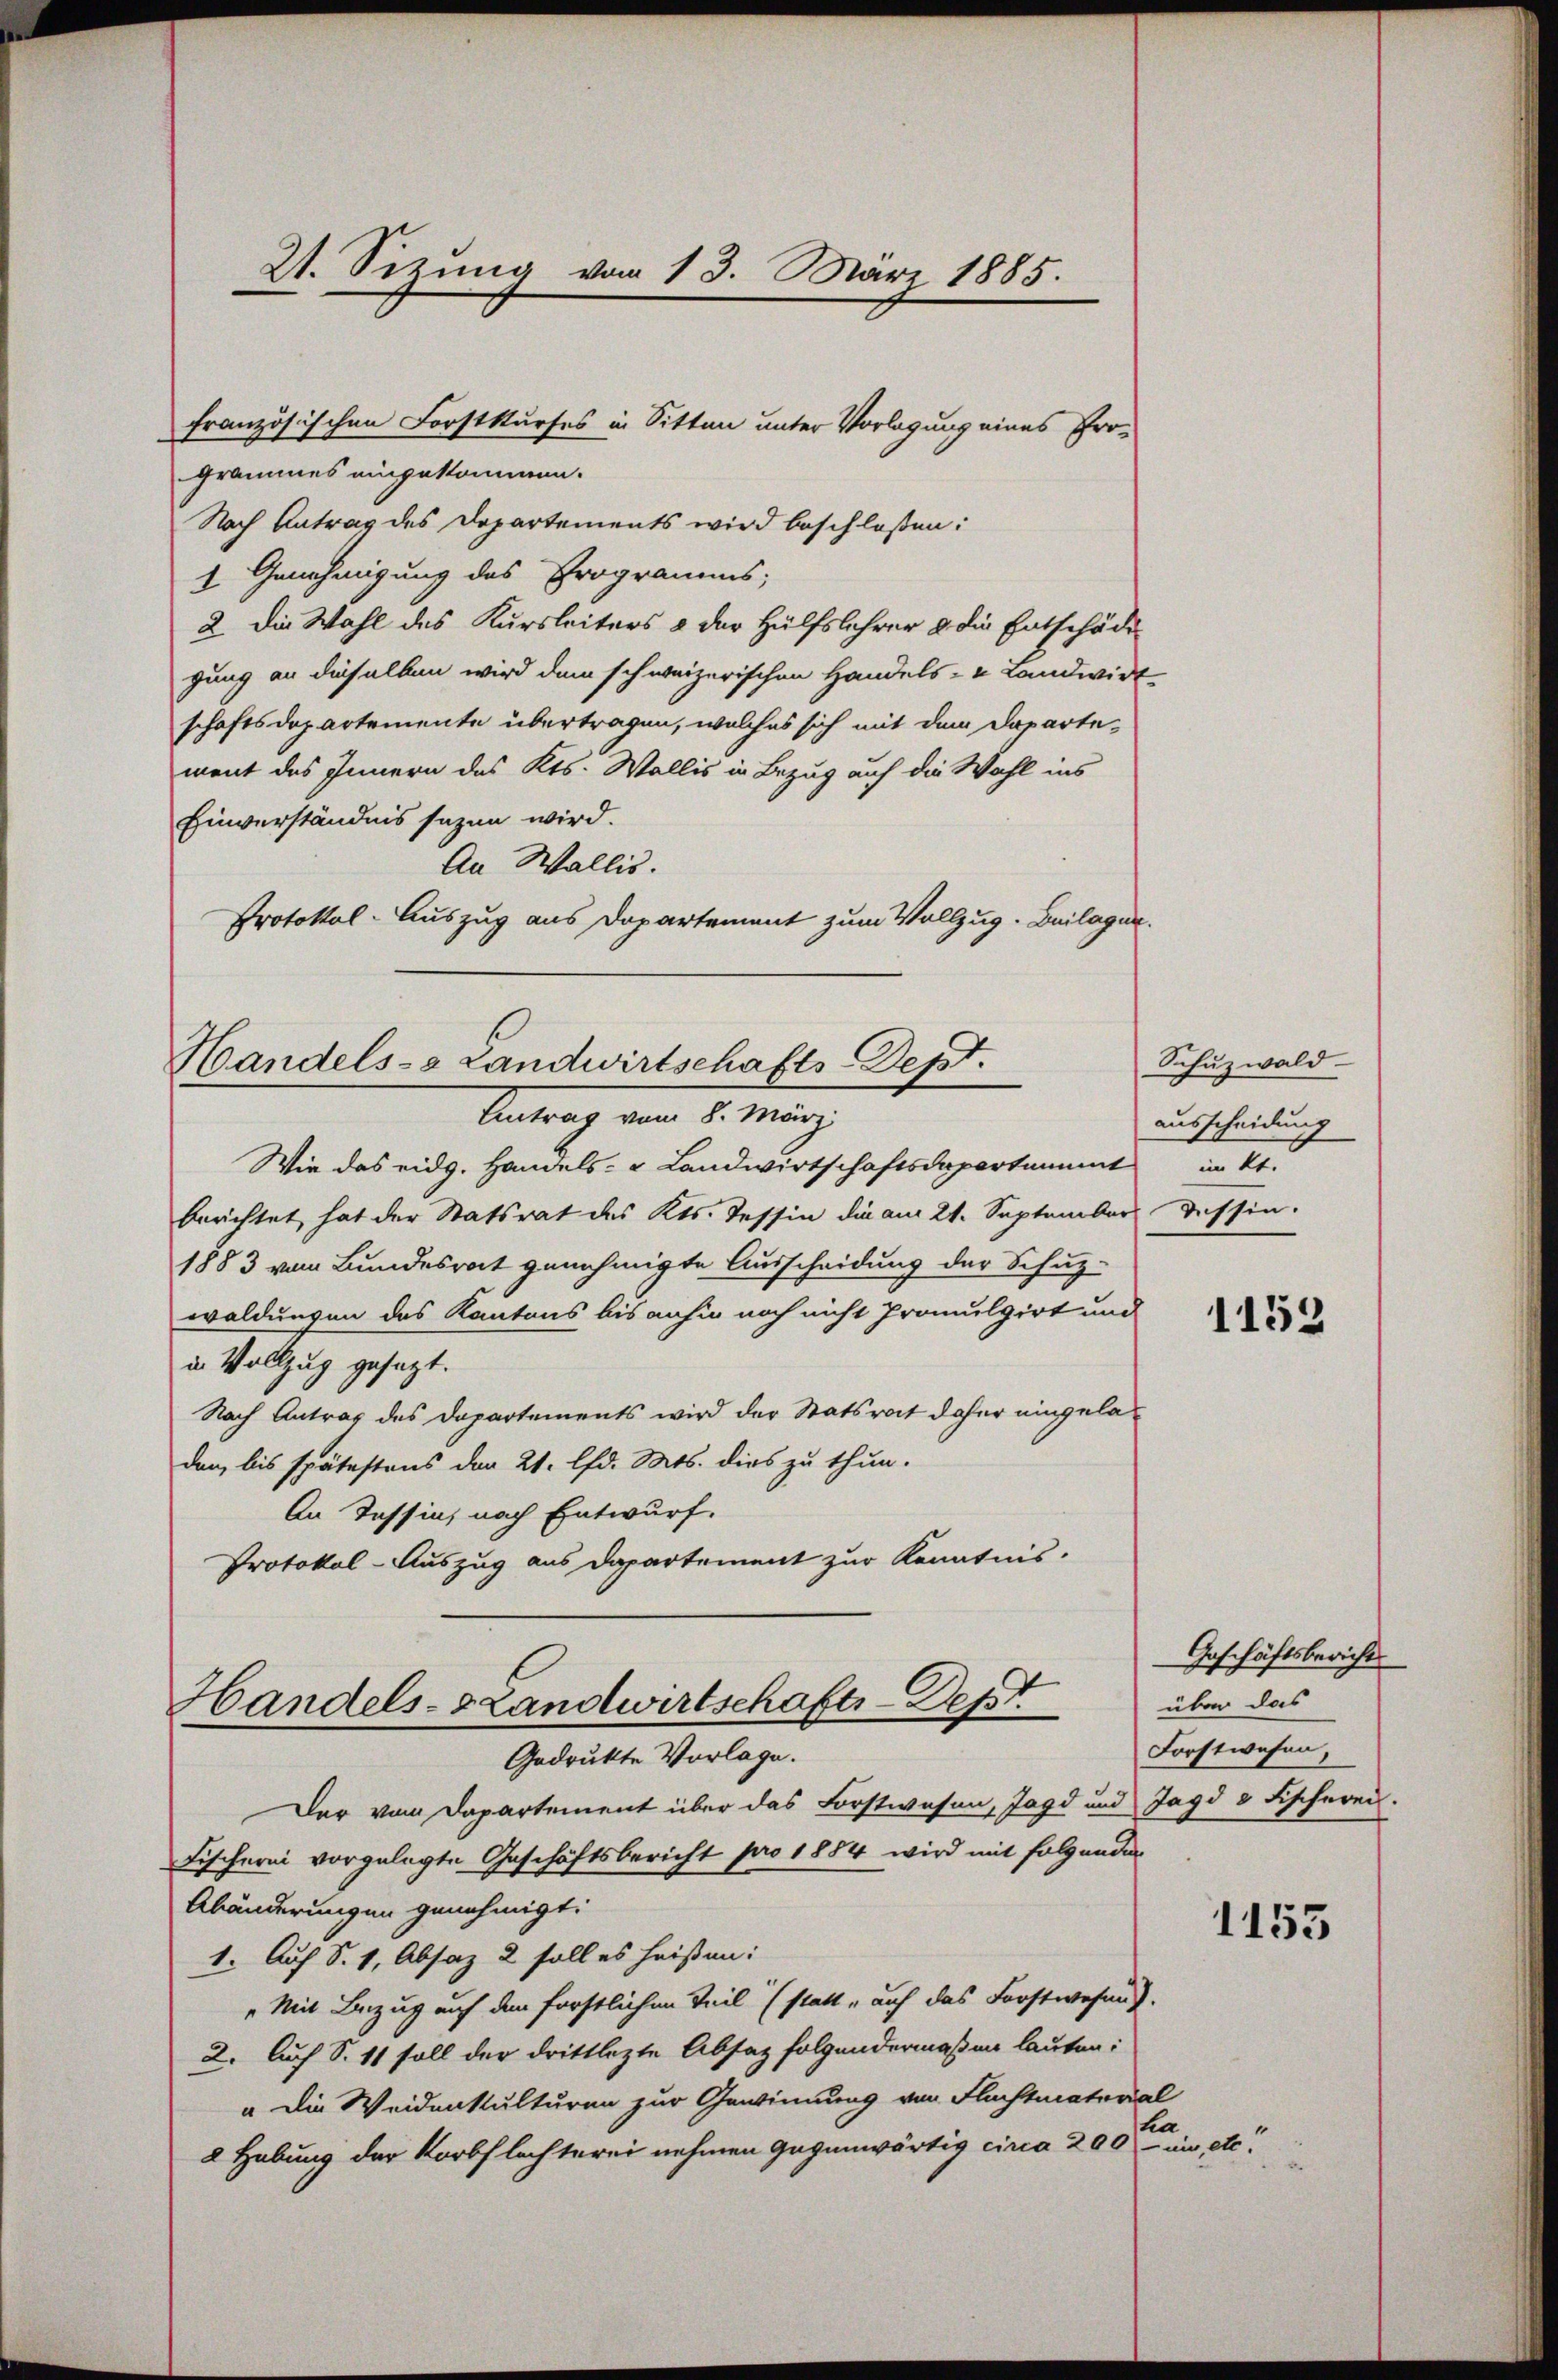
2t. Sizŭng vom 13. März 1885.

französischen Forstkurses in Sitten unter Vorlagung eines Programmes eingekommen.
Nach Antrag des Departements wird beschloßen:
1. Genehmigung des Programms;
2 die Wahl des Kursleiters & der Hülfslehrer & die Entschädigung an dieselben wird dem schweizerischen Handels- u Landwirt
schaftsdepartemente übertragen, welches sich mit dem Departe-
ment des Innern des Kts. Wallis in Bezug auf die Wahl ins
Einverständnis sagen wird.
An Wallis.
Protokol-Auszug aus Departement zum Vollzug. Beilagen.

Handels- & Landwirtschafts-Dept.
Antrag vom 8. März

Handels-SLandwirtschafts-Sett
Gedruckte Vorlage.

Wie das eidg. Handels- u Landwirtschaftsdepartammt in kt.
berichtet hat der Statsrat des Kts. Tessin die am 21. September Tessin.
1883 vom Bundesrat genehmigte Ausscheidung der Schuz-
waldungen das Kantons bis anhin noch nicht promulgirt und
in Vollzug gesetzt.
Nach Antrag des Departements wird der Statsrat daher eingeladen, bis spätestens der 21. lfd. Mts. dies zu thun.
An Tessin, nach Entwurf.
Protokol-Auszug aus Departement zur Kenntnis.

Schuzwald-
ausscheidung

Der vom Departement über das Forstwesen, Jagd und Jagd 8 Fischerei.
Fischerei vorgelegte Geschäftsbericht pro 1884 wird mit folgender
Abänderungen genehmigt.
1. Auf S. 1, Absaz 2 soll es heißen:
„Mit Bezug auf den forstlichen Teil (statt „auch das Forstwesen.
2. Auch S. 11 soll der drittlezte Absatz folgendermaßen lauten:
a die Weidenkulturen zur Gewinnung von Flachtmaterial
ha
2 Hebung der Korbflechterei nehmen gegenwärtig circa 200 - in etc.

Geschäftsbericht
über das
Forstwesen,

1152

1153